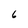
Character: 6